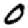
Digit: 0